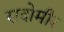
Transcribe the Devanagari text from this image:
रादोमीर